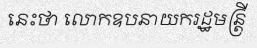
នេះថា លោកឧបនាយករដ្ឋមន្ត្រី